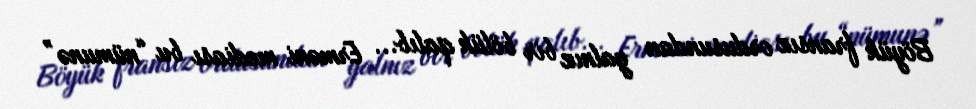
Böyük fransız ordusundan yalnız bir bölük qalıb... Erməni mediası bu “nümunə”